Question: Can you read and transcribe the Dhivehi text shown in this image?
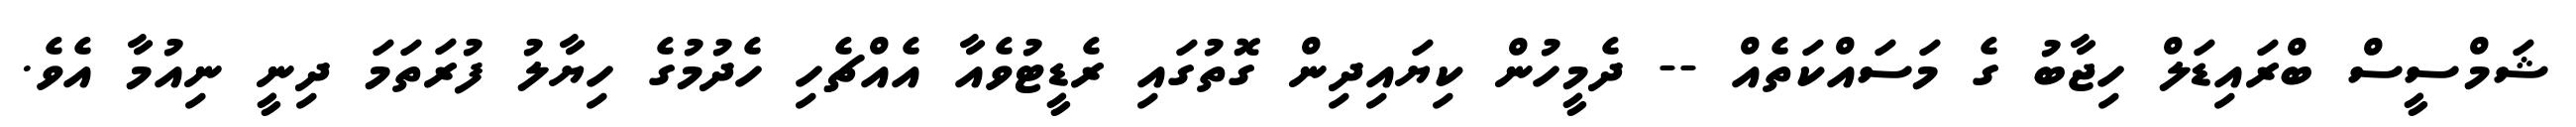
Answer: ޝަމްސީސް ބްރައިޑަލް ހިޖާބު ގެ މަސައްކަތެއް -- ދެމީހުން ކިޔައިދިން ގޮތުގައި ރެޑީޓުވެއާ އެއްޗެހި ހެދުމުގެ ހިޔާލު ފުރަތަމަ ދިނީ ނިއުމާ އެވެ.